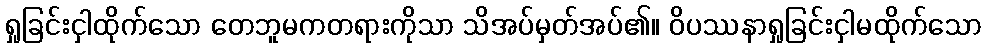
ရှုခြင်းငှါထိုက်သော တေဘူမကတရားကိုသာ သိအပ်မှတ်အပ်၏။ ဝိပဿနာရှုခြင်းငှါမထိုက်သော